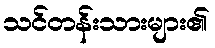
သင်တန်းသားများ၏